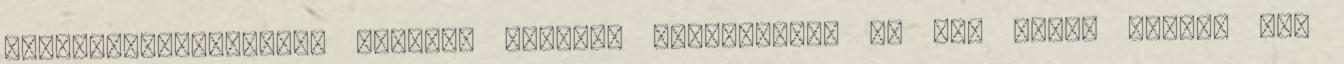
irodalomtörténészt, Magyary Rozália közgazdászt és Dr. Szász István Tas